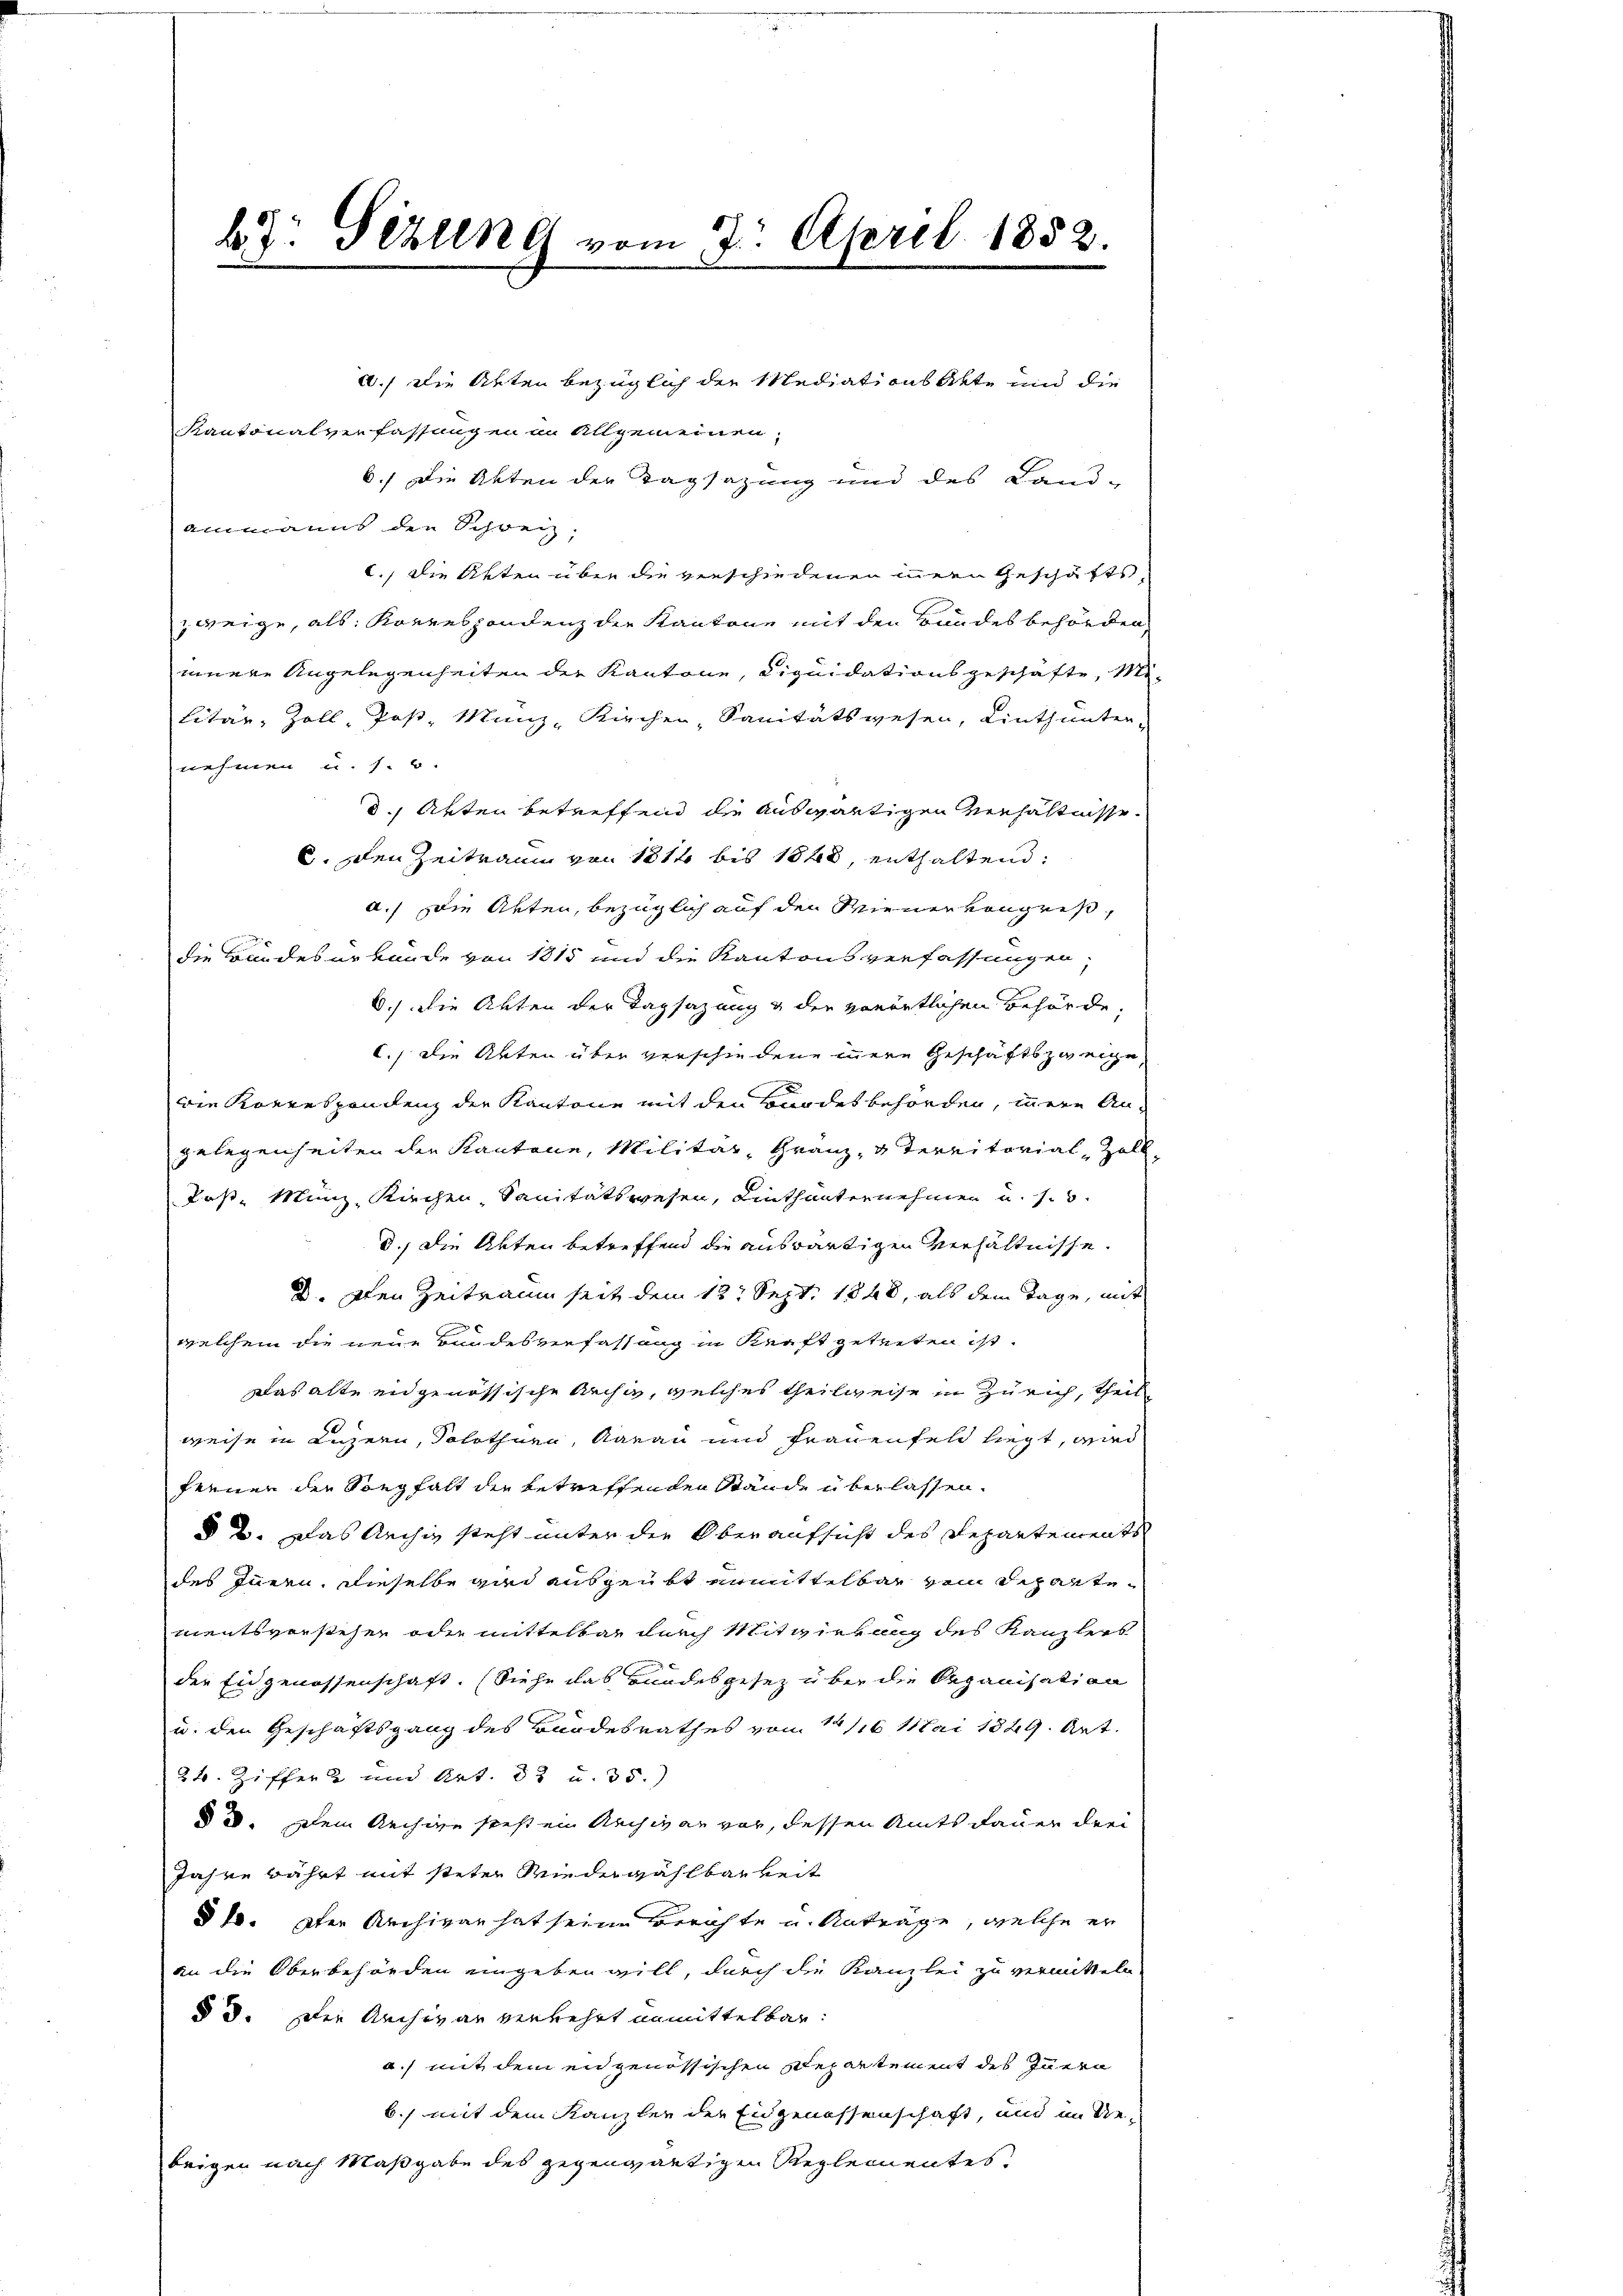
b. Pezten vom 2. April 1852.
e

a.) Die Arten bezüglich der Mediations Akte und die

Kantonalverfassungen in Allgemeinen,
6.) Die Akten der Tagsazung und des Land-
Ammanns den Schweiz,
c., die Akten über die verschiedenen innern Geschäfts-
zweige, als: Korrespondenz der Kantone mit den Bundesbehörden,
innere Angelegenheiten der Kantone, Liquidationsgeschäfte, Mi-
litär, Zoll, Post, Münz- Kirchen, Sanitätswesen, Linthunten-
nehmen u. s. 5.
8., Arten betreffend die auswärtigen Verhältnisse
6. Den Zeitraum von 1812 bis 1848, enthaltend:
a.) Die Akten, bezüglich auf den Wiener vongreß,
die Bundesurkunde von 1815 und die Kantonsverfassungen,
6.) Die Akten der Tagsazung & der vorörtlichen Behörde,
c.) Die Akten über verschiedene innere Geschäftszweige,
Die Korrespondenz der Kantone mit den Bundesbehörden, innere Angelegenheiten der Kantone, Militär, Gränz(...) territorial-Zoll¬
Post-Münz, Kirchen, Sanitätswesen, Linthunternehmen u. s. 3.
d., die Akten betreffend die auswärtigen Verhältnisse.
d. Den Zeitraum seit dem 13. Sept. 1848, als dem Tage, mit
welchem die neue Bandesverfassung in Kraft getreten ist.
Das alte eidgenössische Archiv, welches theilweise in Zürich, theil
weise in Luzern, Solothurn, Aarau und Frauenfeld liegt, und
sienen der Sorgfalt der betreffenden Stände überlassen.
§ 2. Das Archiv steht unter der Oberaufsicht des Departements
des Innern, dieselbe und ausgeübt unmittelbar vom Schantementsvorstehen oder mittelbar durch Mitwirkung des Kanzlers
der Eingenossenschaft. (Siehe das Bundesgesez über die Organisation
u. den Geschäftsgang des Bundesrathes von 1/16 Mai 1829. Art.
24 Ziffert und Art. 83 u. 35.)
§ 2. Dein Rechige steht ein Rachivar vor, dessen Amtsdauer drei
Jahre währt mit steter Wiederwählbarkeit
37. Der Archivar hat seine Berichte u. Antrage, welche er
an die Oberbehörden eingeben will, durch die Kanzlei zu vermitteln
§ 3. Der Archivar verkehrt unmittelbar.
a.) mit dem eidgenössischen Departement des Innern
b.) mit dem Kanzler der Eidgenossenschaft, und im Rebeigen nach Maßgabe des gegenwärtigen Reglementes.